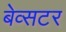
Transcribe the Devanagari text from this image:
बेव्सटर